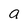
Character: a